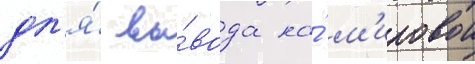
дл'я́ вы́вода на́ м'ировои